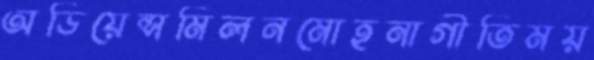
অডিয়েন্সমিলনমোহনাগীতিময়